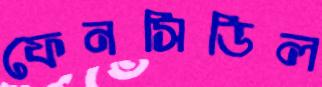
ফেনসিডিল